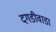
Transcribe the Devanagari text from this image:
दगडीवाडा